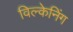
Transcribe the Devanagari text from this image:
विल्केनिंग